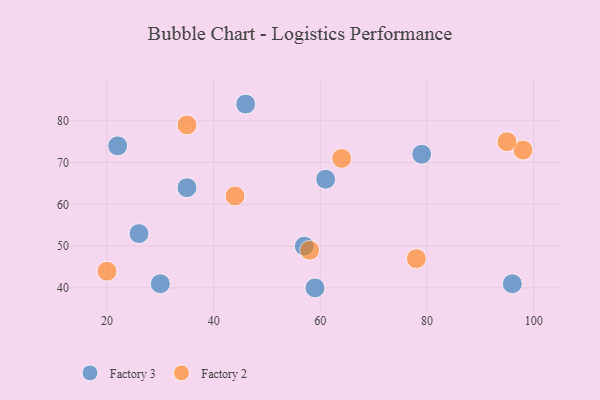
{"axis": {"x": "GDP", "y": "Life Expectancy"}, "legend": ["Factory 2", "Factory 3"], "data": [{"x": "35", "y": 64, "type": "Factory 3"}, {"x": "57", "y": 50, "type": "Factory 3"}, {"x": "26", "y": 53, "type": "Factory 3"}, {"x": "30", "y": 41, "type": "Factory 3"}, {"x": "79", "y": 72, "type": "Factory 3"}, {"x": "22", "y": 74, "type": "Factory 3"}, {"x": "46", "y": 84, "type": "Factory 3"}, {"x": "59", "y": 40, "type": "Factory 3"}, {"x": "61", "y": 66, "type": "Factory 3"}, {"x": "96", "y": 41, "type": "Factory 3"}, {"x": "64", "y": 71, "type": "Factory 2"}, {"x": "98", "y": 73, "type": "Factory 2"}, {"x": "20", "y": 44, "type": "Factory 2"}, {"x": "58", "y": 49, "type": "Factory 2"}, {"x": "78", "y": 47, "type": "Factory 2"}, {"x": "44", "y": 62, "type": "Factory 2"}, {"x": "95", "y": 75, "type": "Factory 2"}, {"x": "35", "y": 79, "type": "Factory 2"}]}